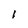
Character: l